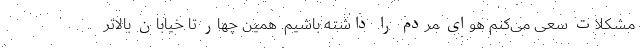
مشکلات سعی می‌کنم هوای مردم را داشته باشیم. همین چهار تا خیابان بالاتر